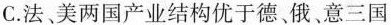
C.法美两国产业结构优于德、俄、意三国